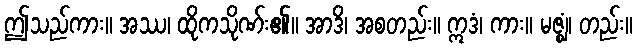
ဤသည်ကား။ အဿ၊ ထိုကသိုဏ်း၏။ အာဒိ၊ အစတည်း။ ဣဒံ၊ ကား။ မဇ္ဈံ၊ တည်း။